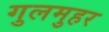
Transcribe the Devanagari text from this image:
गुलमुहर